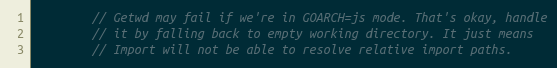
Language: Go
		// Getwd may fail if we're in GOARCH=js mode. That's okay, handle
		// it by falling back to empty working directory. It just means
		// Import will not be able to resolve relative import paths.